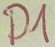
Text: D1